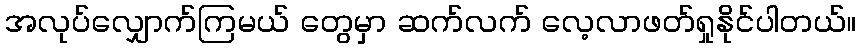
အလုပ်လျှောက်ကြမယ် တွေမှာ ဆက်လက် လေ့လာဖတ်ရှုနိုင်ပါတယ်။